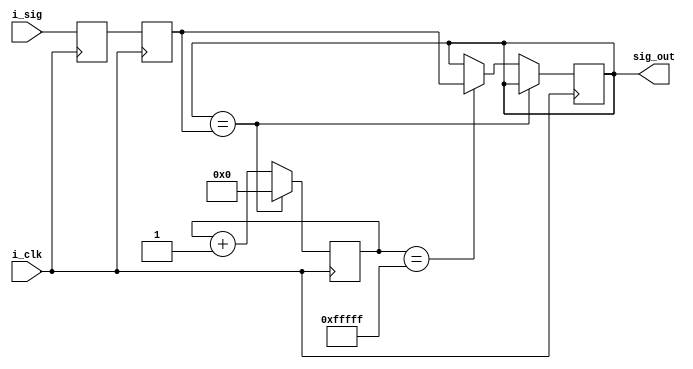
module Debounce(
	input i_clk,
	input [NIN-1:0] i_sig,
	output reg [NIN-1:0] sig_out);

	//parameters that affect the implementation of the module
	parameter NIN=2;
	parameter NPause=20;
	
	//synchronize the switch input to the clock
	reg [NIN-1:0] sig_sync0;
	always @ (posedge i_clk) 
		sig_sync0<=i_sig;
		
	reg [NIN-1:0] sig_sync1;
	always @ (posedge i_clk)
		sig_sync1<=sig_sync0;
		
	reg [NPause-1:0] counter={(NPause){1'b0}};
	
	always @ (posedge i_clk)
		if (sig_out==sig_sync1)
			counter<=0;
		else
			begin
				counter<=counter+1'b1;
				if(counter=={(NPause){1'b1}})
					sig_out<=sig_sync1;
			end
	
endmodule